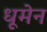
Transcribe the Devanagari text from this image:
धूमेन